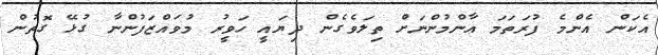
އެކަން އެންމެ ފުރަތަމަ އާންމުންނަށް ތިލަވެގެން ދިޔައީ ހަވީރު މުވައްޒަފުންނާ ގުޅޭ ގޮތުން